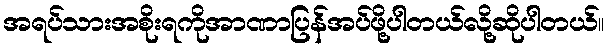
အရပ်သားအစိုးရကိုအာဏာပြန်အပ်ဖို့ပါတယ်လို့ဆိုပါတယ်။